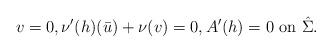
LaTeX: \begin{align*}v= 0, \nu'(h) (\bar u) + \nu(v)=0, A'(h)=0 \mbox{ on }\hat \Sigma.\end{align*}